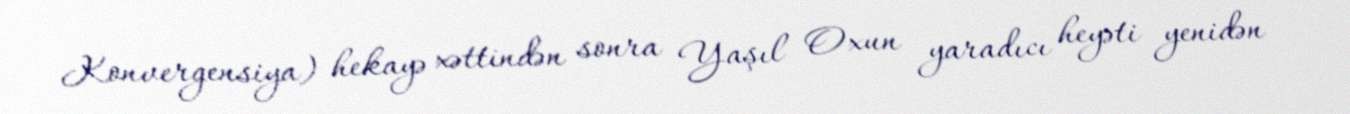
Konvergensiya) hekayə xəttindən sonra Yaşıl Oxun yaradıcı heyəti yenidən